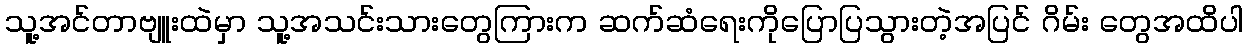
သူ့အင်တာဗျူးထဲမှာ သူ့အသင်းသားတွေကြားက ဆက်ဆံရေးကိုပြောပြသွားတဲ့အပြင် ဂိမ်း တွေအထိပါ